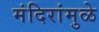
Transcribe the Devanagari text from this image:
मंदिरांमुळे